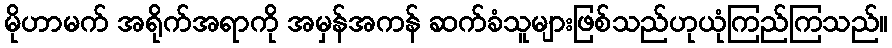
မိုဟာမက် အရိုက်အရာကို အမှန်အကန် ဆက်ခံသူများဖြစ်သည်ဟုယုံကြည်ကြသည်။